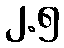
၂.၅